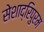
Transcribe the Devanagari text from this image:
सेशाद्रिपुरम